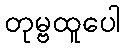
တုမ္ဗထူပေါ